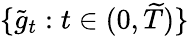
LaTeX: \{ {\widetilde{g}}_{t}:t\in(0,{\widetilde{T}})\}